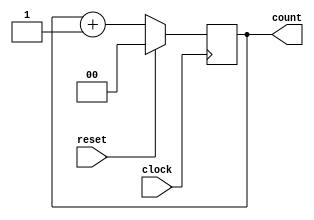
module binary_counter (
    input wire clock,          // Clock signal
    input wire reset,          // Synchronous reset signal
    output reg [1:0] count     // 2-bit counter output
);

// Always block triggered on the rising edge of the clock
always @(posedge clock) begin
    if (reset) begin
        // Synchronous reset: set count to 0
        count <= 2'b00;
    end else begin
        // State transition: increment count
        count <= count + 1;
    end
end

endmodule